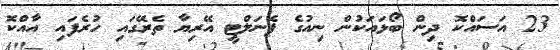
23 އަސައްކޮ ދިން ބޯޅައަކުން ނިއުގެ ޕެނަލްޓީ އޭރިޔާ ތެރޭގައި ހުރެފައި އާއްކޮ